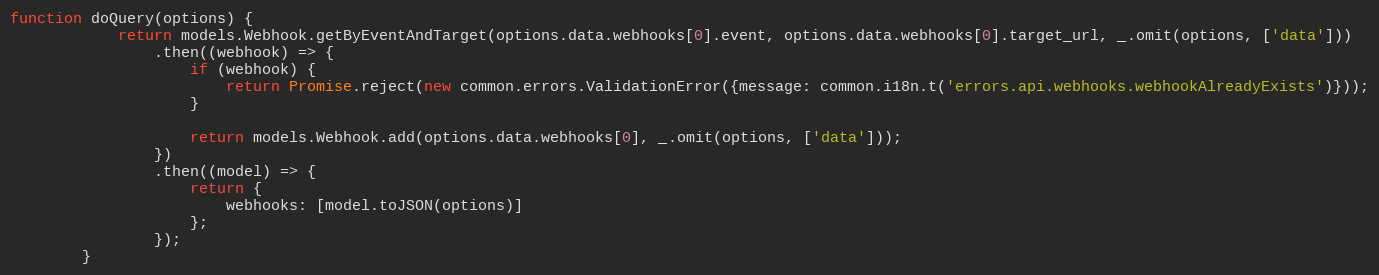
Language: JavaScript
function doQuery(options) {
            return models.Webhook.getByEventAndTarget(options.data.webhooks[0].event, options.data.webhooks[0].target_url, _.omit(options, ['data']))
                .then((webhook) => {
                    if (webhook) {
                        return Promise.reject(new common.errors.ValidationError({message: common.i18n.t('errors.api.webhooks.webhookAlreadyExists')}));
                    }

                    return models.Webhook.add(options.data.webhooks[0], _.omit(options, ['data']));
                })
                .then((model) => {
                    return {
                        webhooks: [model.toJSON(options)]
                    };
                });
        }